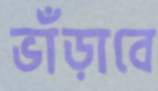
ভাঁড়াবে